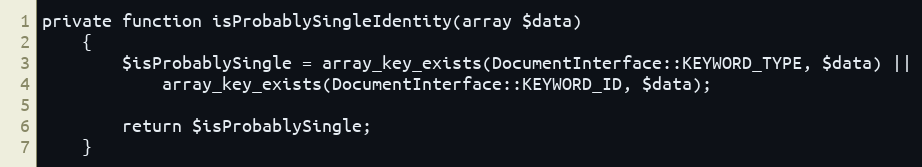
Language: PHP
private function isProbablySingleIdentity(array $data)
    {
        $isProbablySingle = array_key_exists(DocumentInterface::KEYWORD_TYPE, $data) ||
            array_key_exists(DocumentInterface::KEYWORD_ID, $data);

        return $isProbablySingle;
    }